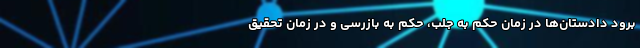
برود دادستان‌ها در زمان حکم به جلب، حکم به بازرسی و در زمان تحقیق